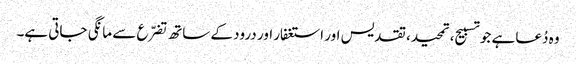
وہ دُعا ہے جو تسبیح، تمحید، تقدیس اور استغفار اور درود کے ساتھ تضرّع سے مانگی جاتی ہے۔